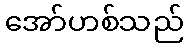
အော်ဟစ်သည်